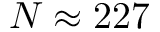
N \approx 2 2 7